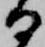
日